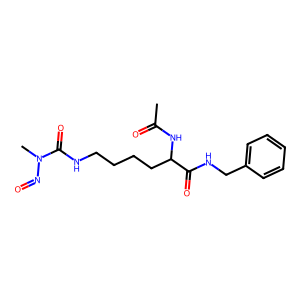
SMILES: CC(=O)NC(CCCCNC(=O)N(C)N=O)C(=O)NCc1ccccc1
Inhibits HIV replication: No